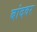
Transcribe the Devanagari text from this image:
बांदवर